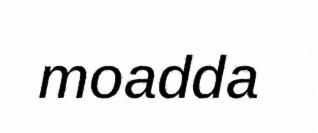
moadda